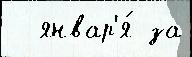
  январ'я́ за